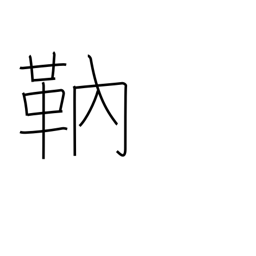
Meaning: archer's arm protector